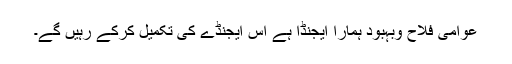
عوامی فلاح وبہبود ہمارا ایجنڈا ہے اس ایجنڈے کی تکمیل کرکے رہیں گے۔